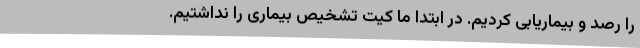
را رصد و بیماریابی کردیم. در ابتدا ما کیت تشخیص بیماری را نداشتیم.